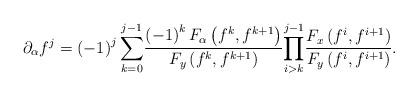
LaTeX: \begin{align*}\partial_{\alpha}f^{j}=\left( -1\right) ^{j}{\displaystyle\sum\limits_{k=0}^{j-1}}\frac{\left( -1\right) ^{k}F_{\alpha}\left( f^{k},f^{k+1}\right) }{F_{y}\left( f^{k},f^{k+1}\right) }{\displaystyle\prod\limits_{i>k}^{j-1}}\frac{F_{x}\left( f^{i},f^{i+1}\right) }{F_{y}\left( f^{i},f^{i+1}\right)}. \end{align*}